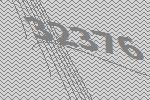
32376